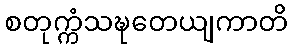
စတုက္ကံသဍ္ဎတေယျကာတိ